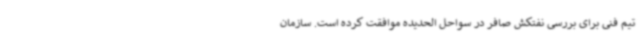
تیم فنی برای بررسی نفتکش صافر در سواحل الحدیده موافقت کرده است. سازمان